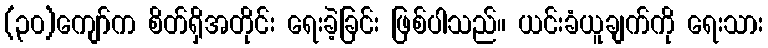
(၃၀)ကျော်က စိတ်ရှိအတိုင်း ရေးခဲ့ခြင်း ဖြစ်ပါသည်။ ယင်းခံယူချက်ကို ရေးသား